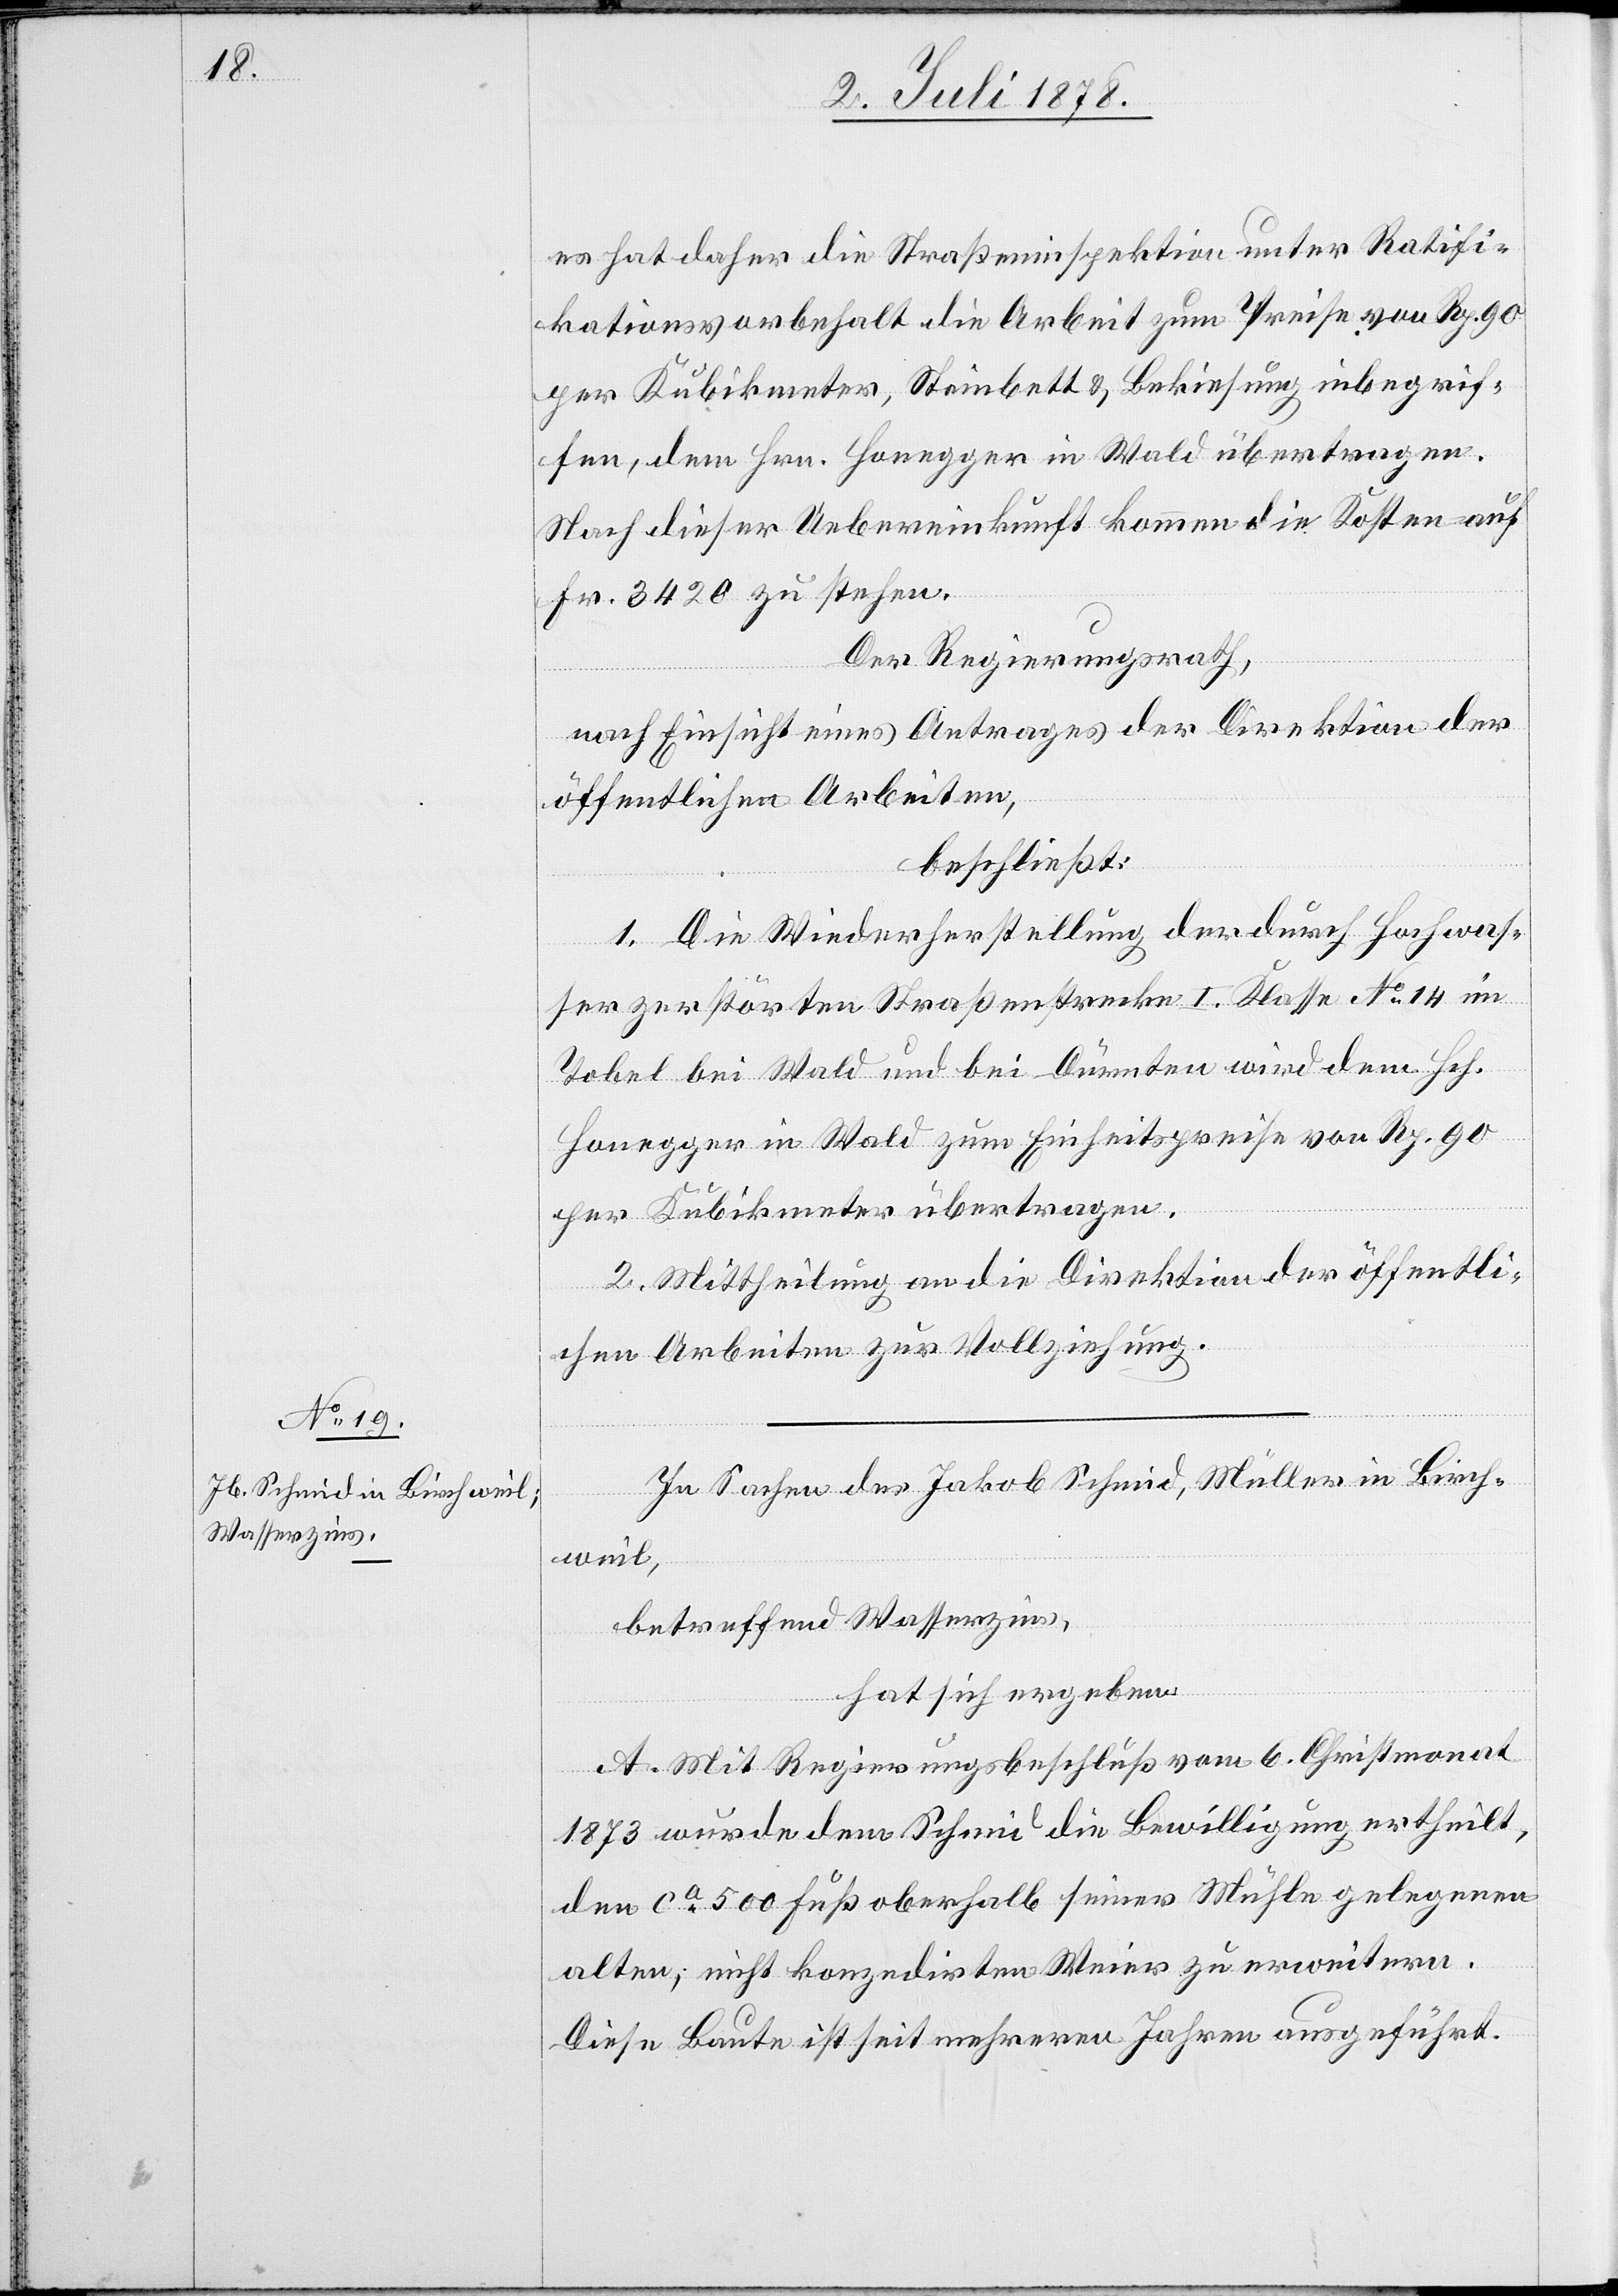
es hat daher die Straßeninspektion unter Ratifi¬
kationsvorbehalt die Arbeit zum Preise von Rp. 90
per Kubikmeter, Steinbett & Bekiesung inbegrif¬
fen, dem Hrn. Honegger in Wald übertragen.
Nach dieser Uebereinkunft kommen die Kosten auf
Fr. 3420 zu stehen.
Der Regierungsrath,
nach Einsicht eines Antrages der Direktion der
öffentlichen Arbeiten,
beschließt:
1. Die Wiederherstellung der durch Hochwas¬
ser zerstörten Straßenstrecke I. Klasse No 14 im
Tobel bei Wald und bei Dürnten wird dem Hch.
Honegger in Wald zum Einheitspreise von Rp. 90
per Kubikmeter übertragen.
2. Mittheilung an die Direktion der öffentli¬
chen Arbeiten zur Vollziehung.
In Sachen des Jakob Schmid, Müller in Birch¬
weil,
betreffend Wasserzins,
hat sich ergeben:
A. Mit Regierungsbeschluß vom 6. Christmonat
1873 wurde dem Schmid die Bewilligung ertheilt,
den ca 500 Fuß oberhalb seiner Mühle gelegenen
alten, nicht konzedirten Weier zu erweitern.
Diese Baute ist seit mehreren Jahren ausgeführt.